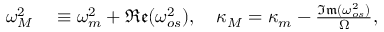
\begin{array} { r l } { \omega _ { M } ^ { 2 } } & { { } \equiv \omega _ { m } ^ { 2 } + \mathfrak { R e } ( \omega _ { o s } ^ { 2 } ) , \quad \kappa _ { M } = \kappa _ { m } - \frac { \mathfrak { I m } ( \omega _ { o s } ^ { 2 } ) } { \Omega } , } \end{array}